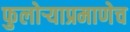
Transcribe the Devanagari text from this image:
फुलोर्‍याप्रमाणेच